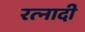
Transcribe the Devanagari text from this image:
रत्‍नादी